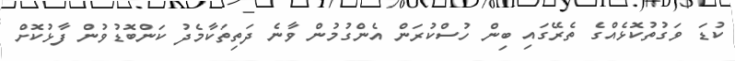
ކުޑަ ވަގުތުކޮޅެއްގެ ތެރޭގައި ބިން ހުސްކުރަން އެންގުމުން ވާނެ ދަތިތަކާމެދު ކަންބޮޑުވުން ފާޅުކޮށް